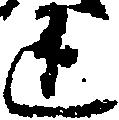
道